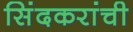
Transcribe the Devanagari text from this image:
सिंदकरांची